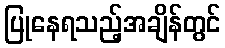
ပြုနေရသည့်အချိန်တွင်